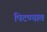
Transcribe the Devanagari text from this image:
पिटण्यात